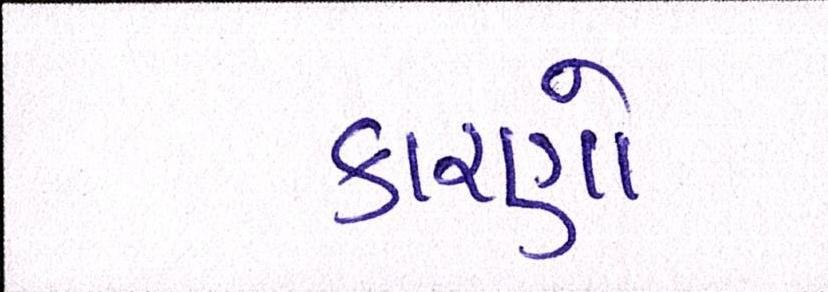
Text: કારણો